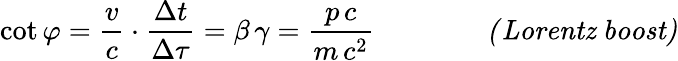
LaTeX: \cot\varphi=\frac{v}{c}\cdot\frac{\Delta t}{\Delta\tau}=\beta\, \gamma=\frac{p\, c}{m\, c^{2}}\qquad\qquad\mathit{(Lorentz\ boost)}